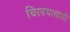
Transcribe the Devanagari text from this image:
चिरण्यासाठी